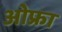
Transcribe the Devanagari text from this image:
ओफ्रा